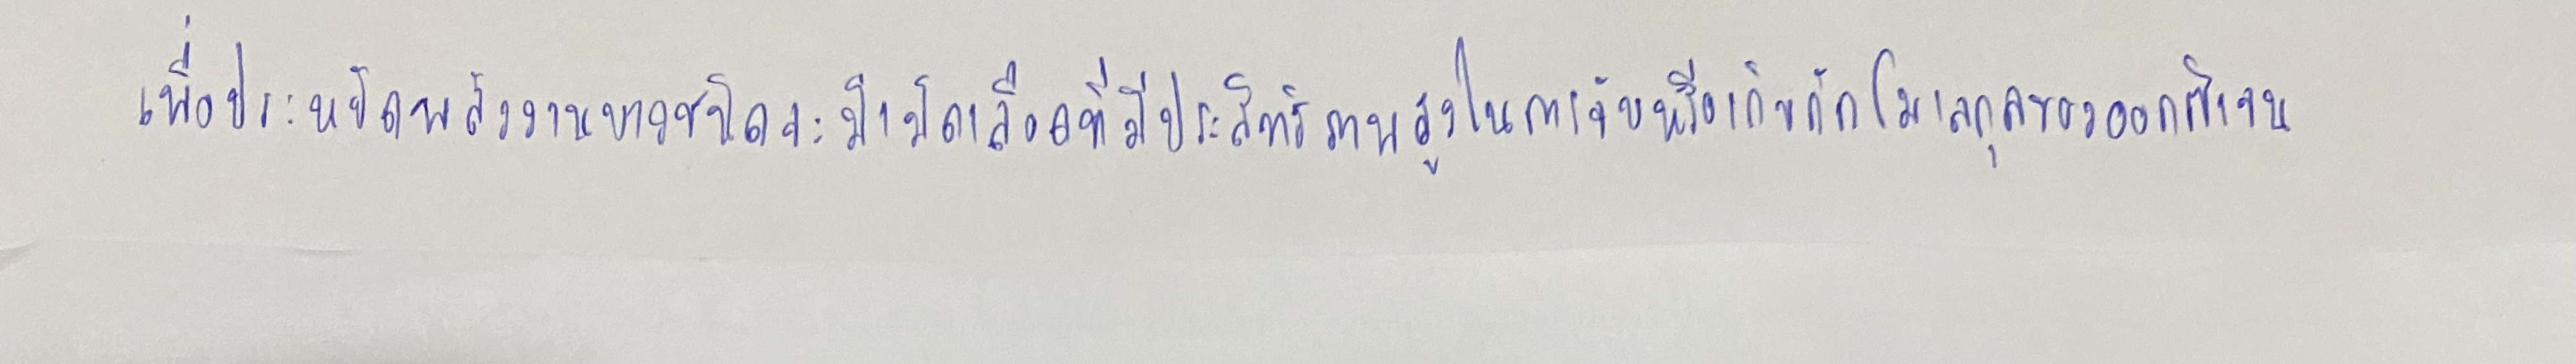
เพื่อประหยัดพลังงานบางชนิดจะมีเม็ดเลือดที่มีประสิทธิภาพสูงในการจับหรือเก็บกักโมเลกุลของออกซิเจน